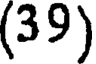
(39)